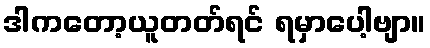
ဒါကတော့ယူတတ်ရင် ရမှာပေါ့ဗျာ။